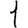
Digit: 1